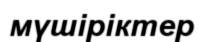
мүшіріктер